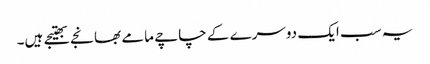
یہ سب ایک دوسرے کے چاچے مامے بھانجے بھتیجے ہیں۔